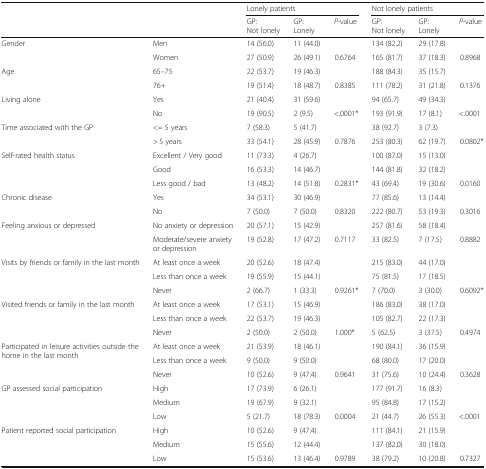
<table><thead><tr><td rowspan="2" colspan="2"></td><td colspan="3"><b>Lonely patients</b></td><td colspan="3"><b>Not lonely patients</b></td></tr><tr><td><b>GP:Not lonely</b></td><td><b>GP:Lonely</b></td><td><b><i>P</i>-value</b></td><td><b>GP:Not lonely</b></td><td><b>GP:Lonely</b></td><td><b><i>P</i>-value</b></td></tr></thead><tbody><tr><td rowspan="2">Gender</td><td>Men</td><td>14 (56.0)</td><td>11 (44.0)</td><td></td><td>134 (82.2)</td><td>29 (17.8)</td><td></td></tr><tr><td>Women</td><td>27 (50.9)</td><td>26 (49.1)</td><td>0.6764</td><td>165 (81.7)</td><td>37 (18.3)</td><td>0.8968</td></tr><tr><td rowspan="2">Age</td><td>65–75</td><td>22 (53.7)</td><td>19 (46.3)</td><td></td><td>188 (84.3)</td><td>35 (15.7)</td><td></td></tr><tr><td>76+</td><td>19 (51.4)</td><td>18 (48.7)</td><td>0.8385</td><td>111 (78.2)</td><td>31 (21.8)</td><td>0.1376</td></tr><tr><td rowspan="2">Living alone</td><td>Yes</td><td>21 (40.4)</td><td>31 (59.6)</td><td></td><td>94 (65.7)</td><td>49 (34.3)</td><td></td></tr><tr><td>No</td><td>19 (90.5)</td><td>2 (9.5)</td><td>&lt;.0001*</td><td>193 (91.9)</td><td>17 (8.1)</td><td>&lt;.0001</td></tr><tr><td rowspan="2">Time associated with the GP</td><td>&lt;= 5 years</td><td>7 (58.3)</td><td>5 (41.7)</td><td></td><td>38 (92.7)</td><td>3 (7.3)</td><td></td></tr><tr><td>&gt; 5 years</td><td>33 (54.1)</td><td>28 (45.9)</td><td>0.7876</td><td>253 (80.3)</td><td>62 (19.7)</td><td>0.0802*</td></tr><tr><td rowspan="3">Self-rated health status</td><td>Excellent / Very good</td><td>11 (73.3)</td><td>4 (26.7)</td><td></td><td>100 (87.0)</td><td>15 (13.0)</td><td></td></tr><tr><td>Good</td><td>16 (53.3)</td><td>14 (46.7)</td><td></td><td>144 (81.8)</td><td>32 (18.2)</td><td></td></tr><tr><td>Less good / bad</td><td>13 (48.2)</td><td>14 (51.8)</td><td>0.2831*</td><td>43 (69.4)</td><td>19 (30.6)</td><td>0.0160</td></tr><tr><td rowspan="2">Chronic disease</td><td>Yes</td><td>34 (53.1)</td><td>30 (46.9)</td><td></td><td>77 (85.6)</td><td>13 (14.4)</td><td></td></tr><tr><td>No</td><td>7 (50.0)</td><td>7 (50.0)</td><td>0.8320</td><td>222 (80.7)</td><td>53 (19.3)</td><td>0.3016</td></tr><tr><td rowspan="2">Feeling anxious or depressed</td><td>No anxiety or depression</td><td>20 (57.1)</td><td>15 (42.9)</td><td></td><td>257 (81.6)</td><td>58 (18.4)</td><td></td></tr><tr><td>Moderate/severe anxiety or depression</td><td>19 (52.8)</td><td>17 (47.2)</td><td>0.7117</td><td>33 (82.5)</td><td>7 (17.5)</td><td>0.8882</td></tr><tr><td rowspan="3">Visits by friends or family in the last month</td><td>At least once a week</td><td>20 (52.6)</td><td>18 (47.4)</td><td></td><td>215 (83.0)</td><td>44 (17.0)</td><td></td></tr><tr><td>Less than once a week</td><td>19 (55.9)</td><td>15 (44.1)</td><td></td><td>75 (81.5)</td><td>17 (18.5)</td><td></td></tr><tr><td>Never</td><td>2 (66.7)</td><td>1 (33.3)</td><td>0.9261*</td><td>7 (70.0)</td><td>3 (30.0)</td><td>0.6092*</td></tr><tr><td rowspan="3">Visited friends or family in the last month</td><td>At least once a week</td><td>17 (53.1)</td><td>15 (46.9)</td><td></td><td>186 (83.0)</td><td>38 (17.0)</td><td></td></tr><tr><td>Less than once a week</td><td>22 (53.7)</td><td>19 (46.3)</td><td></td><td>105 (82.7)</td><td>22 (17.3)</td><td></td></tr><tr><td>Never</td><td>2 (50.0)</td><td>2 (50.0)</td><td>1.000*</td><td>5 (62.5)</td><td>3 (37.5)</td><td>0.4974</td></tr><tr><td rowspan="3">Participated in leisure activities outside the home in the last month</td><td>At least once a week</td><td>21 (53.9)</td><td>18 (46.1)</td><td></td><td>190 (84.1)</td><td>36 (15.9)</td><td></td></tr><tr><td>Less than once a week</td><td>9 (50.0)</td><td>9 (50.0)</td><td></td><td>68 (80.0)</td><td>17 (20.0)</td><td></td></tr><tr><td>Never</td><td>10 (52.6)</td><td>9 (47.4)</td><td>0.9641</td><td>31 (75.6)</td><td>10 (24.4)</td><td>0.3628</td></tr><tr><td rowspan="3">GP assessed social participation</td><td>High</td><td>17 (73.9)</td><td>6 (26.1)</td><td></td><td>177 (91.7)</td><td>16 (8.3)</td><td></td></tr><tr><td>Medium</td><td>19 (67.9)</td><td>9 (32.1)</td><td></td><td>95 (84.8)</td><td>17 (15.2)</td><td></td></tr><tr><td>Low</td><td>5 (21.7)</td><td>18 (78.3)</td><td>0.0004</td><td>21 (44.7)</td><td>26 (55.3)</td><td>&lt;.0001</td></tr><tr><td rowspan="3">Patient reported social participation</td><td>High</td><td>10 (52.6)</td><td>9 (47.4)</td><td></td><td>111 (84.1)</td><td>21 (15.9)</td><td></td></tr><tr><td>Medium</td><td>15 (55.6)</td><td>12 (44.4)</td><td></td><td>137 (82.0)</td><td>30 (18.0)</td><td></td></tr><tr><td>Low</td><td>15 (53.6)</td><td>13 (46.4)</td><td>0.9789</td><td>38 (79.2)</td><td>10 (20.8)</td><td>0.7327</td></tr></tbody></table>